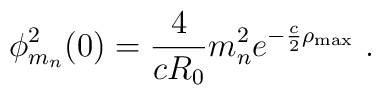
\phi_{m_n}^2(0) = \frac{4}{cR_0} m_n^2 e^{-\frac{c}{2} \rho_{\rm max}}~.